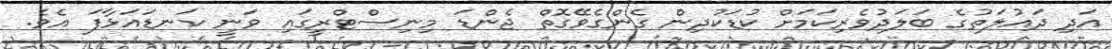
އަދި ދައުލަތުގެ ބަލަދުވެރިކަމަށް ކުޑަކުދިން ގެންގެވޭގޮތް ޖެންޑަ މިނިސްޓްރީގައި ވަނީ ކަނޑައަޅާފަ އެވެ.